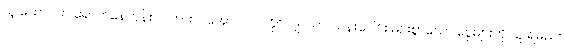
သူ ထောင်ထဲ ရောက်နေတုန်း လက်ထပ်အောင် လုပ်နိုင်လျှင် ဤ သန်းပေါင်း များစွာသော ငွေများကို သူ ရမည်။